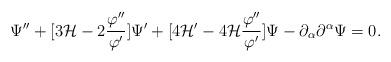
LaTeX: \begin{align*}\Psi'' + [3 {\cal H} - 2 \frac{\varphi''}{\varphi'}] \Psi' + [ 4 {\cal H}' - 4 {\cal H} \frac{\varphi''}{\varphi'}] \Psi - \partial_{\alpha}\partial^{\alpha} \Psi=0.\end{align*}